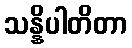
သန္နိပါတိတာ